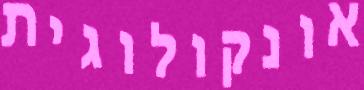
אונקולוגית